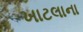
ખાટલાના